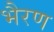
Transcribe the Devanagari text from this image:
भैरण